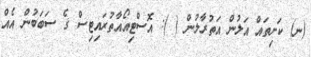
(ނ) ކަށިތައް އަލުން އަތުރާލުން ( ): އޮސްޓިއޯއާތުރައިޓިސް ގެ ސަބަބުން އެއް